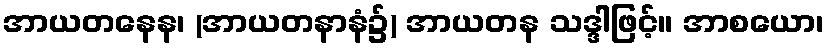
အာယတနေန၊ (အာယတနာနံ၌) အာယတန သဒ္ဒါဖြင့်။ အာစယော၊